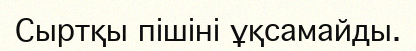
Сыртқы пішіні ұқсамайды.